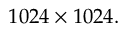
1 0 2 4 \times 1 0 2 4 .